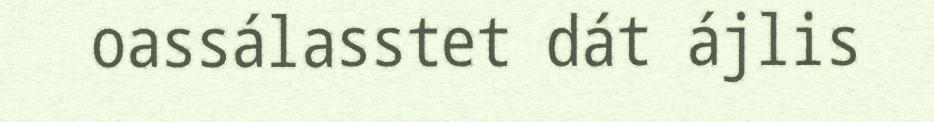
oassálasstet dát ájlis